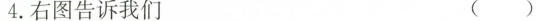
4.右图告诉我们 ( )